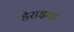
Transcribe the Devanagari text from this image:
डेराइव्ड